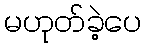
မဟုတ်ခဲ့ပေ